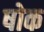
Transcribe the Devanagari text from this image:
षोक